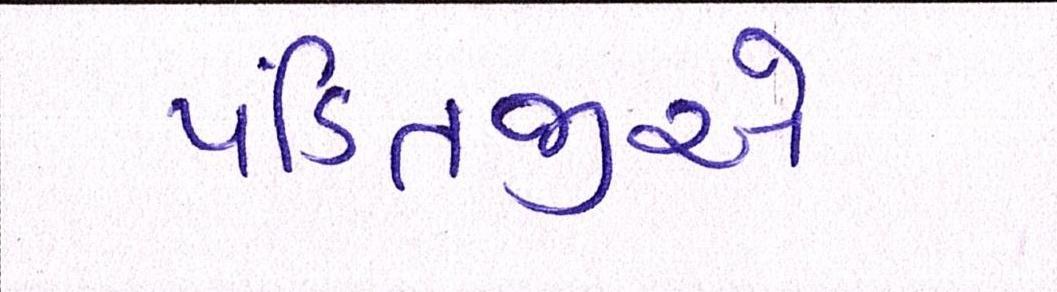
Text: પંડિતજીએ